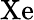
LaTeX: \mathrm{Xe}